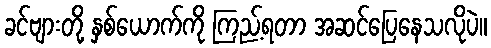
ခင်ဗျားတို့ နှစ်ယောက်ကို ကြည့်ရတာ အဆင်ပြေနေသလိုပဲ။